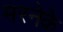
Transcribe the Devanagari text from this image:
मरनेके